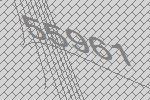
55961